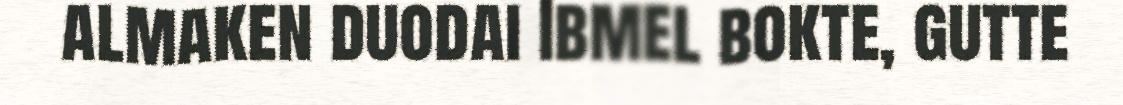
almaken duodai Ibmel bokte, gutte